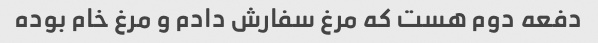
دفعه دوم هست که مرغ سفارش دادم و مرغ خام بوده